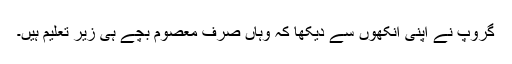
گروپ نے اپنی آنکھوں سے دیکھا کہ وہاں صرف معصوم بچے ہی زیر تعلیم ہیں۔